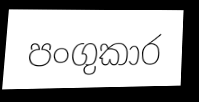
පංගුකාර